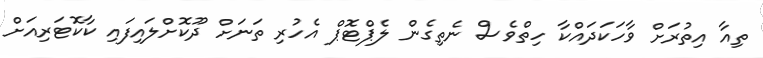
ތިއާ އިތުރަށް ވާހަކަދައްކާ ހިތްވެސް ނެތިގެން ލެޕްޓޮޕް އެހުރި ތަނަށް ދޫކޮށްލައިފައި ކާކޮޓަރިއަށް